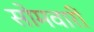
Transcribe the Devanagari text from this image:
सोमवारीं